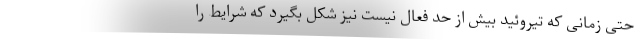
حتی زمانی که تیروئید بیش از حد فعال نیست نیز شکل بگیرد که شرایط را